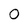
Character: 0